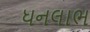
ધનલાભ